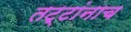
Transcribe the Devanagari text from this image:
तट्टांनाच